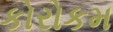
કોરોકમ